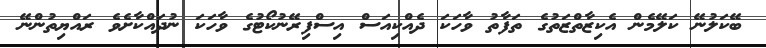
ބޭކަލުނޭ ކަލޭމެން އެކިޒާތްޒަތުގެ ތަފާތު ވާހަކަ ދެއްކިއަސް އިސްފިރޭނުކޯޓުގެ ވާހަކަ ނުދައްކާށެވެ ރައްޔިތުންނޭ